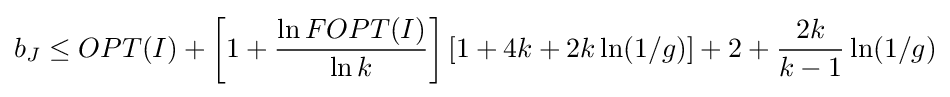
b_{J}\leq OPT(I)+\left[1+{\frac {\ln FOPT(I)}{\ln k}}\right]\left[1+4k+2k\ln(1/g)\right]+2+{\frac {2k}{k-1}}\ln(1/g)